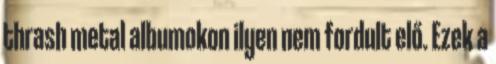
thrash metal albumokon ilyen nem fordult elő. Ezek a